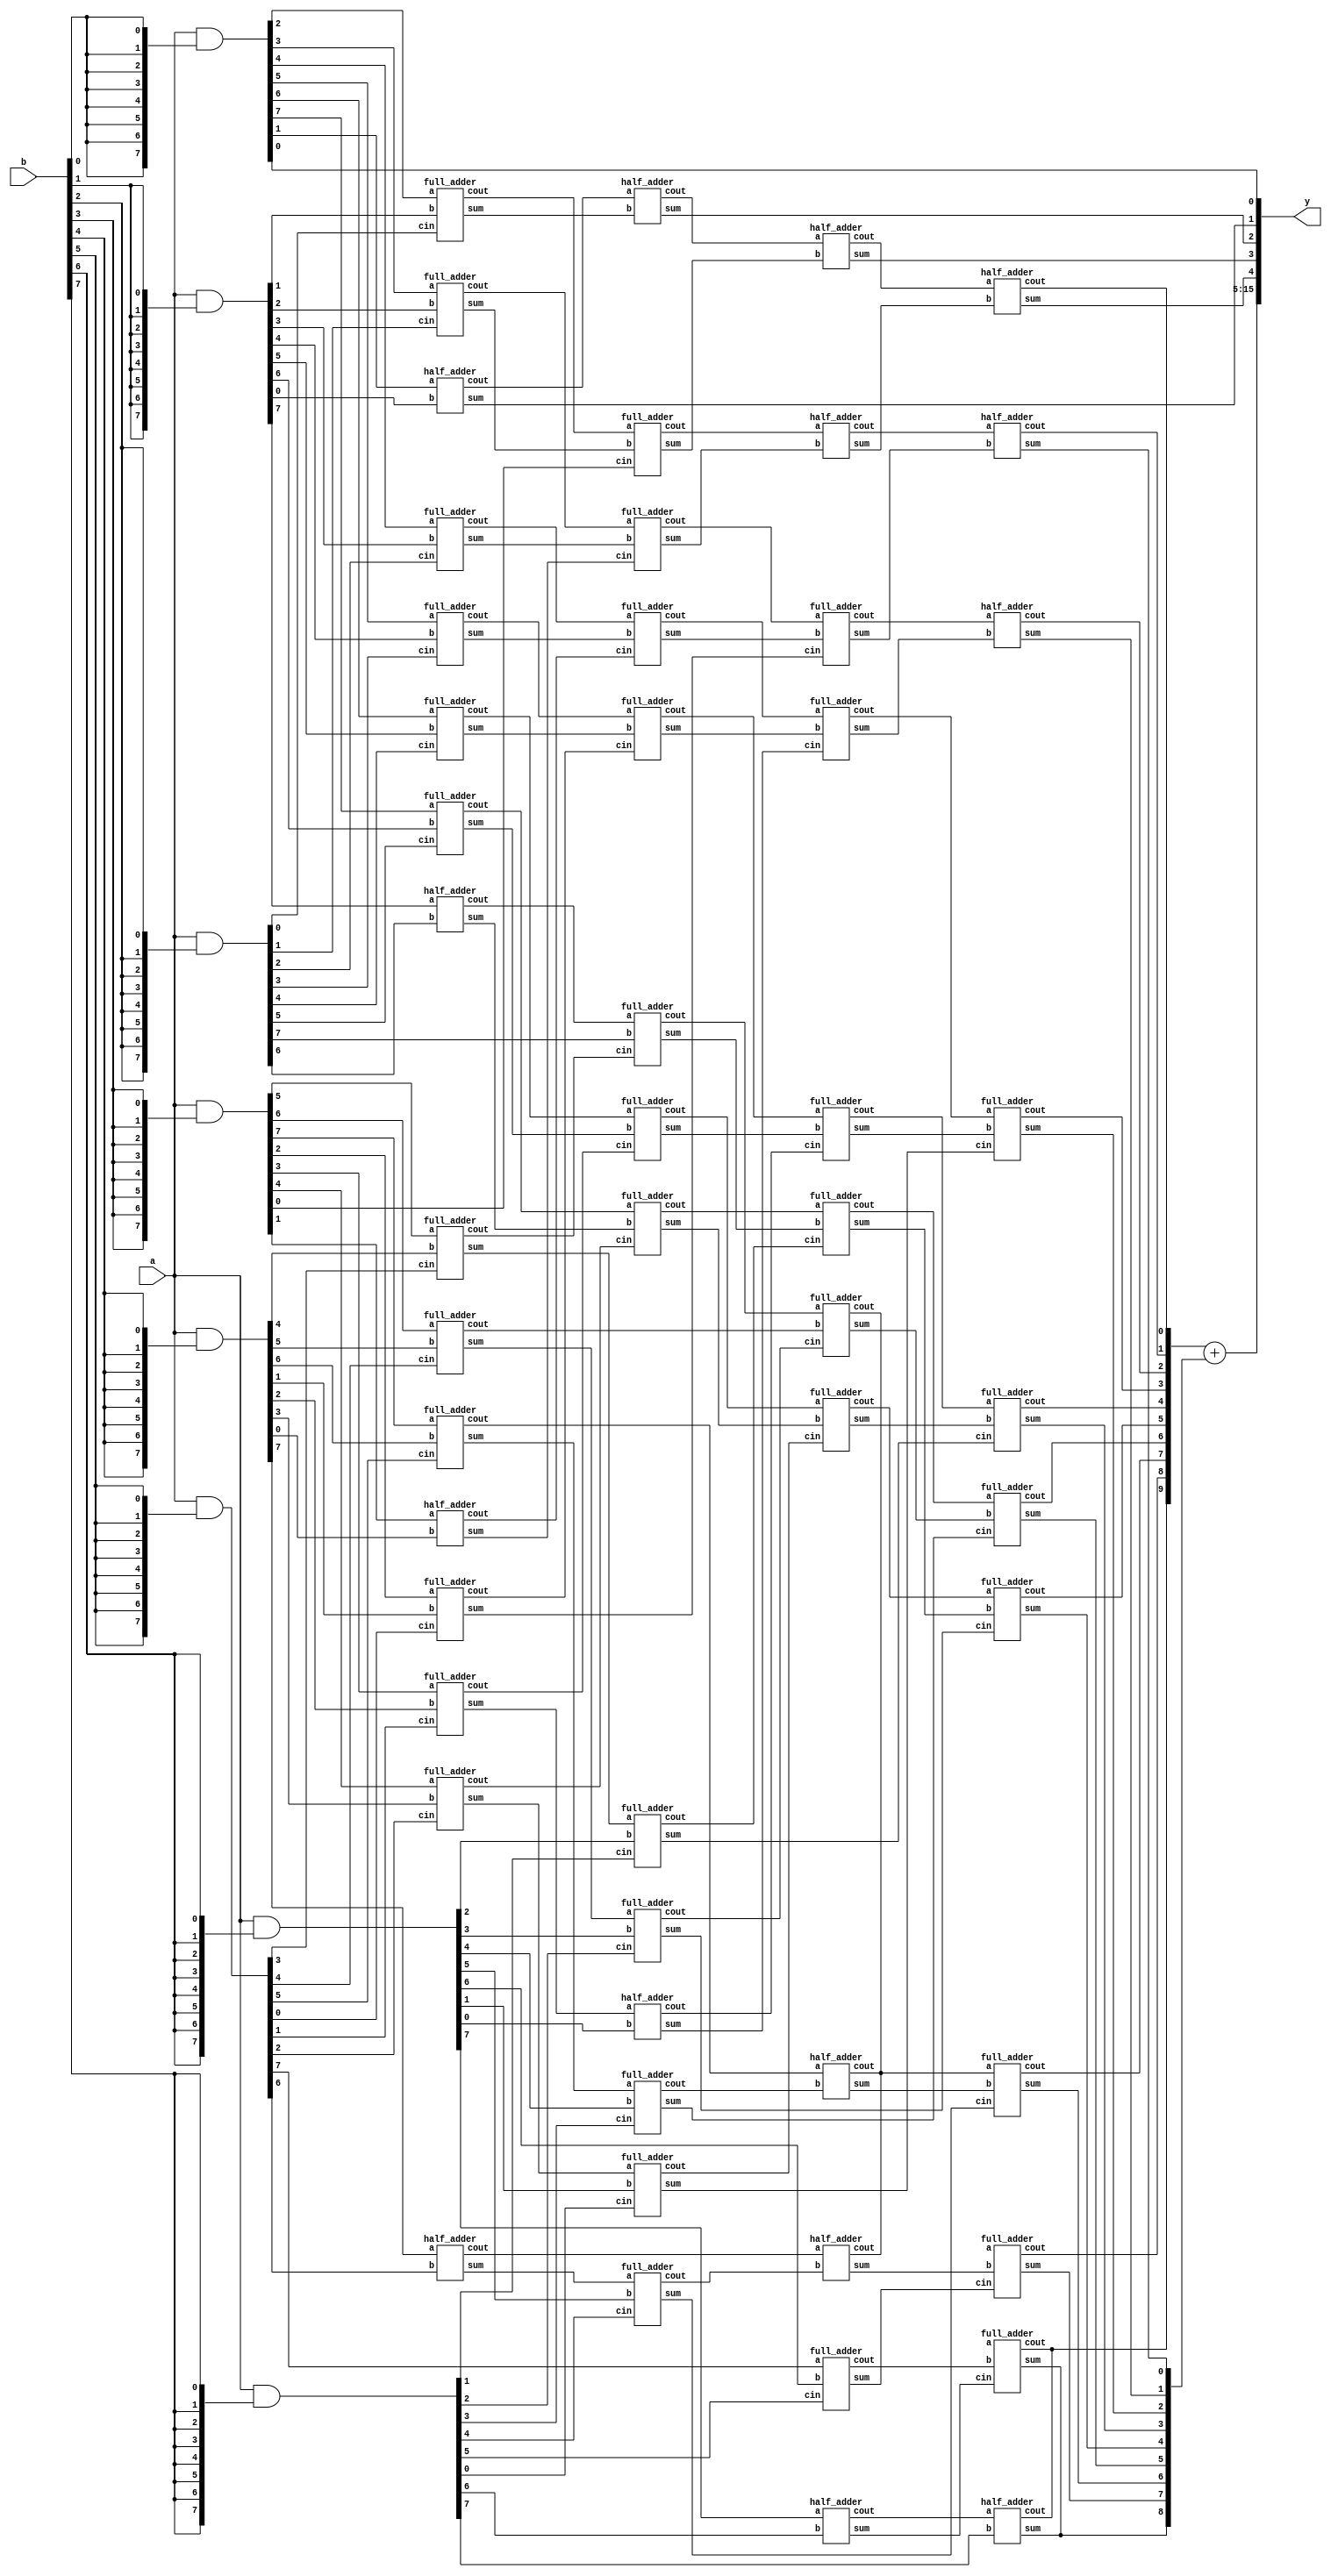
/* module muls8 (a,b,y); */
/*     input   [7:0] a, b; */
/*     output [15:0] y; */
/*     wire    [7:0] ab0 = a & {8{b[0]}}; */
/*     wire    [7:0] ab1 = a & {8{b[1]}}; */
/*     wire    [7:0] ab2 = a & {8{b[2]}}; */
/*     wire    [7:0] ab3 = a & {8{b[3]}}; */
/*     wire    [7:0] ab4 = a & {8{b[4]}}; */
/*     wire    [7:0] ab5 = a & {8{b[5]}}; */
/*     wire    [7:0] ab6 = a & {8{b[6]}}; */
/*     wire    [7:0] ab7 = a & {8{b[7]}}; */

/*     assign y = (({8'b1,~ab0[7], ab0[6:0]} */        
/*                + {7'b0,~ab1[7], ab1[6:0],1'b0}) */
/*                +({6'b0,~ab2[7], ab2[6:0],2'b0} */
/*                + {5'b0,~ab3[7], ab3[6:0],3'b0})) */
/*               +(({4'b0,~ab4[7], ab4[6:0],4'b0} */
/*                + {3'b0,~ab5[7], ab5[6:0],5'b0}) */
/*                +({2'b0,~ab6[7], ab6[6:0],6'b0} */
/*                + {1'b1, ab7[7],~ab7[6:0],7'b0})); */

/* endmodule */

`timescale 1ns/1ns
module muls8 (a,b,y);
    input   [7:0] a, b;
    output [15:0] y;
    wire    [7:0] ab0 = a & {8{b[0]}};
    wire    [7:0] ab1 = a & {8{b[1]}};
    wire    [7:0] ab2 = a & {8{b[2]}};
    wire    [7:0] ab3 = a & {8{b[3]}};
    wire    [7:0] ab4 = a & {8{b[4]}};
    wire    [7:0] ab5 = a & {8{b[5]}};
    wire    [7:0] ab6 = a & {8{b[6]}};
    wire    [7:0] ab7 = a & {8{b[7]}};

    // layer 1
    wire [16:0] s1,c1;
    half_adder h11(s1[1],c1[1],ab0[1],ab1[0]);
    full_adder f11(s1[2],c1[2],ab0[2],ab1[1],ab2[0]);
    full_adder f12(s1[3],c1[3],ab0[3],ab1[2],ab2[1]);
    full_adder f13(s1[4],c1[4],ab0[4],ab1[3],ab2[2]);
    full_adder f14(s1[5],c1[5],ab0[5],ab1[4],ab2[3]);
    full_adder f15(s1[6],c1[6],ab0[6],ab1[5],ab2[4]);
    full_adder f16(s1[7],c1[7],ab0[7],ab1[6],ab2[5]);
    half_adder h12(s1[8],c1[8],      ab1[7],ab2[6]);
    

    half_adder h13 (s1[9], c1[9], ab3[1],ab4[0]);
    full_adder f17 (s1[10],c1[10],ab3[2],ab4[1],ab5[0]);
    full_adder f18 (s1[11],c1[11],ab3[3],ab4[2],ab5[1]);
    full_adder f19 (s1[12],c1[12],ab3[4],ab4[3],ab5[2]);
    full_adder f110(s1[13],c1[13],ab3[5],ab4[4],ab5[3]);
    full_adder f111(s1[14],c1[14],ab3[6],ab4[5],ab5[4]);
    full_adder f112(s1[15],c1[15],ab3[7],ab4[6],ab5[5]);
    half_adder h14 (s1[16],c1[16],      ab4[7],ab5[6]);

    // layer 2
    wire [16:0] s2,c2;
    half_adder h21(s2[1],c2[1],c1[1],s1[2]);
    full_adder f22(s2[2],c2[2],c1[2],s1[3],ab3[0]);
    full_adder f23(s2[3],c2[3],c1[3],s1[4],s1[9]);
    full_adder f24(s2[4],c2[4],c1[4],s1[5],c1[9]);
    full_adder f25(s2[5],c2[5],c1[5],s1[6],c1[10]);
    full_adder f26(s2[6],c2[6],c1[6],s1[7],c1[11]);
    full_adder f27(s2[7],c2[7],c1[7],s1[8],c1[12]);
    full_adder f28(s2[8],c2[8],c1[8],ab2[7],c1[13]);

    half_adder h22 (s2[9],c2[9],s1[11],ab6[0]);
    full_adder f29 (s2[10],c2[10],s1[12],ab6[1],ab7[0]);
    full_adder f210(s2[11],c2[11],s1[13],ab6[2],ab7[1]);
    full_adder f211(s2[12],c2[12],s1[14],ab6[3],ab7[2]);
    full_adder f212(s2[13],c2[13],s1[15],ab6[4],ab7[3]);
    full_adder f213(s2[14],c2[14],s1[16],ab6[5],ab7[4]);
    full_adder f214(s2[15],c2[15],ab5[7],ab6[6],ab7[5]);
    half_adder h23 (s2[16],c2[16],      ab6[7],ab7[6]);


    // layer 3

    wire [10:0] s3,c3;
    half_adder h31(s3[1],c3[1],c2[1],s2[2]);
    half_adder h32(s3[2],c3[2],c2[2],s2[3]);
    full_adder f31(s3[3],c3[3],c2[3],s2[4],s1[10]);
    full_adder f32(s3[4],c3[4],c2[4],s2[5],s2[9]);
    full_adder f33(s3[5],c3[5],c2[5],s2[6],c2[9]);
    full_adder f34(s3[6],c3[6],c2[6],s2[7],c2[10]);
    full_adder f35(s3[7],c3[7],c2[7],s2[8],c2[11]);
    full_adder f36(s3[8],c3[8],c2[8],c1[14],c2[12]);
    half_adder h33(s3[9],c3[8]     ,c1[15],c2[13]);
    half_adder h34(s3[10],c3[8]    ,c1[16],c2[14]);

    // layer 4
    wire [11:0] s4,c4;
    half_adder h41(s4[1],c4[1],c3[1],s3[2]);
    half_adder h42(s4[2],c4[2],c3[2],s3[3]);
    half_adder h43(s4[3],c4[3],c3[3],s3[4]);
    full_adder f41(s4[4],c4[4],c3[4],s3[5],s2[10]);
    full_adder f42(s4[5],c4[5],c3[5],s3[6],s2[11]);
    full_adder f43(s4[6],c4[6],c3[6],s3[7],s2[12]);
    full_adder f44(s4[7],c4[7],c3[7],s3[8],s2[13]);
    full_adder f45(s4[8],c4[8],c3[8],s3[9],s2[14]);
    full_adder f46(s4[9],c4[9],c3[9],s3[10],s2[15]);
    full_adder f47(s4[10],c4[10],c3[10],c2[15],s2[16]);
    half_adder h44(s4[10],c4[10]       ,c2[16],ab7[7]);

    // addition layer and assessment

    assign y[0] = ab0[0];
    assign y[1] = s1[1];
    assign y[2] = s2[1];
    assign y[3] = s3[1];
    assign y[4] = s4[1];
    assign y[15:5] = {c4[11:1]}+{1'b0,s4[11:2]};

endmodule

`timescale 1ns/1ns
module half_adder (
    output sum,cout,
    input a,b
);
    xor x1(sum,a,b);
    and a1(cout,a,b);
endmodule

`timescale 1ns/1ns
module full_adder (
    output sum,cout,
    input a,b,cin
);
    wire s1,c1,c2;
    half_adder h1(s1,c1,a,b);
    half_adder h2(sum,c2,s1,cin);
    or o1(c1,c2);
endmodule